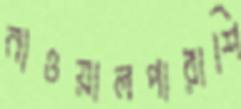
নাওয়ালপারাশি